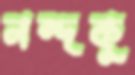
নন্দকু